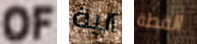
OF الية القطة